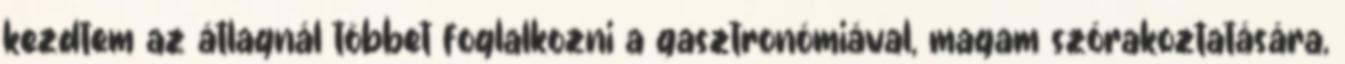
kezdtem az átlagnál többet foglalkozni a gasztronómiával, magam szórakoztatására,